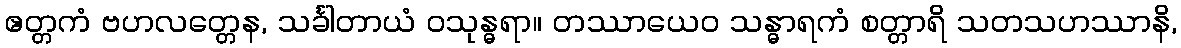
ဧတ္တကံ ဗဟလတ္တေန, သင်္ခါတာယံ ဝသုန္ဓရာ။ တဿာယေဝ သန္ဓာရကံ စတ္တာရိ သတသဟဿာနိ,